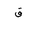
Letter: _qaf